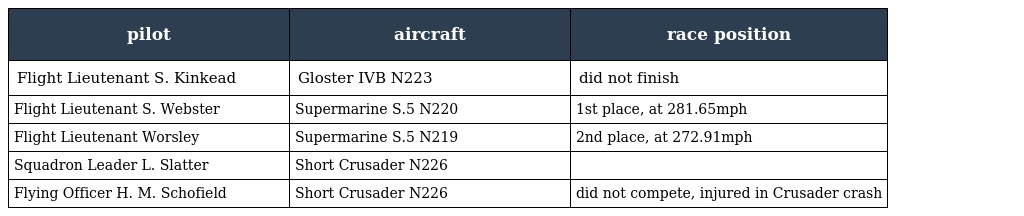
| pilot | aircraft | race position |
 | --- | --- | --- |
 | Flight Lieutenant S. Kinkead | Gloster IVB N223 | did not finish |
 | Flight Lieutenant S. Webster | Supermarine S.5 N220 | 1st place, at 281.65mph |
 | Flight Lieutenant Worsley | Supermarine S.5 N219 | 2nd place, at 272.91mph |
 | Squadron Leader L. Slatter | Short Crusader N226 |  |
 | Flying Officer H. M. Schofield | Short Crusader N226 | did not compete, injured in Crusader crash |